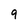
Character: 9